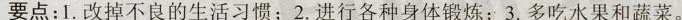
要点:1. 改掉不良的生活习惯 2. 进行各种身体锻炼; 3. 多吃水果和蔬菜。